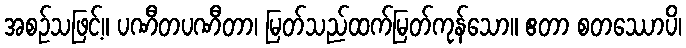
အစဉ်သဖြင့်။ ပဏီတပဏီတာ၊ မြတ်သည်ထက်မြတ်ကုန်သော။ ဧတာ စတဿောပိ၊